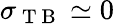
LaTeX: \sigma_{\mathrm{~T~B~}}\simeq 0